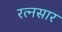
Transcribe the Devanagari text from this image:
रत्नसार